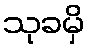
သုခမှိ